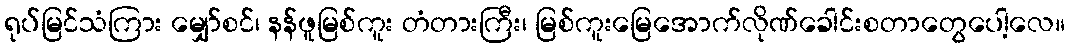
ရုပ်မြင်သံကြား မျှော်စင်၊ နန်ဖူမြစ်ကူး တံတားကြီး၊ မြစ်ကူးမြေအောက်လိုဏ်ခေါင်းစတာတွေပေါ့လေ။